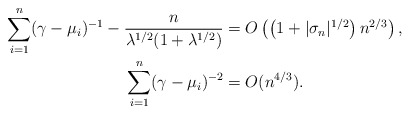
\begin{align*}\sum_{i=1}^n(\gamma-\mu_i)^{-1}-\frac{n}{\lambda^{1/2}(1+\lambda^{1/2})}&= O\left(\left(1+|\sigma_n|^{1/2}\right)n^{2/3}\right),\\\sum_{i=1}^n(\gamma-\mu_i)^{-2}&=O(n^{4/3}).\end{align*}